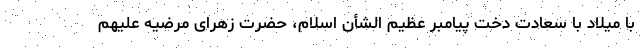
با میلاد با سعادت دخت پیامبر عظیم الشأن اسلام، حضرت زهرای مرضیه علیهم